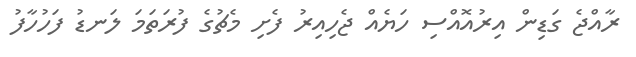
ރާއްޖެ ގަޑިން އިރުއޮއްސި ހަޔެއް ޖެހިއިރު ފެށި މެޗުގެ ފުރަތަމަ ލަނޑު ފަހުހާފު